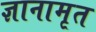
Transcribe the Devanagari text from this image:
ज्ञानामृत